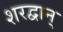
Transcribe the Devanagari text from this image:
शरद्वान्‌